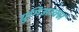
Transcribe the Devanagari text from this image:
ग्रुमिआक्स